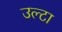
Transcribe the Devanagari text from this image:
उल्‍टा